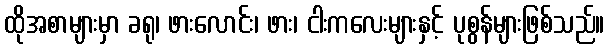
ထိုအစာများမှာ ခရု၊ ဖားလောင်း၊ ဖား၊ ငါးကလေးများနှင့် ပုစွန်များဖြစ်သည်။